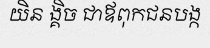
យិន ង្គិច ជាឪពុកជនបង្ក